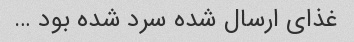
غذای ارسال شده سرد شده بود …